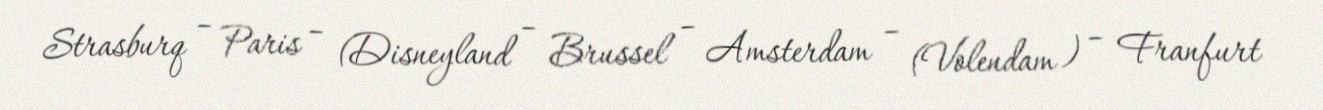
Strasburq – Paris – (Disneyland – Brussel – Amsterdam – (Volendam ) – Franfurt